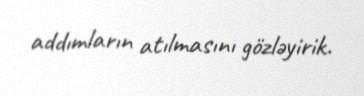
addımların atılmasını gözləyirik.